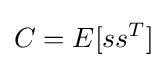
C=E[ss^{T}]